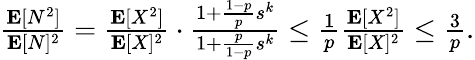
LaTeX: \begin{array}{r}{\frac{\mathbf{E}[N^{2}]}{\mathbf{E}[N]^{2}}=\frac{\mathbf{E}[X^{2}]}{\mathbf{E}[X]^{2}}\cdot\frac{1+\frac{1-p}{p}s^{k}}{1+\frac{p}{1-p}s^{k}}\le\frac 1p\frac{\mathbf{E}[X^{2}]}{\mathbf{E}[X]^{2}}\le\frac 3p.}\end{array}